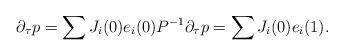
LaTeX: \begin{align*}\partial_\tau p = \sum J_i(0) e_i(0) P^{-1} \partial_\tau p = \sum J_i(0) e_i(1).\end{align*}